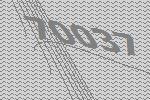
70037